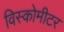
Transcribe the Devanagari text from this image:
विस्कोमीटर